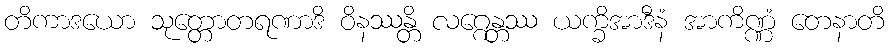
တိကာဒယော သုတ္တောတရဏာဒိ ဝိနဿန္တိ လဂ္ဂေန္တဿ ယက္ခိအာဒီနံ အာကိဏ္ဏံ တေနာတိ